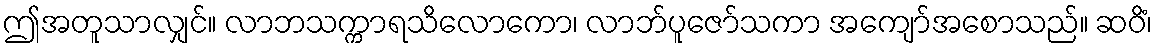
ဤအတူသာလျှင်။ လာဘသက္ကာရသိလောကော၊ လာဘ်ပူဇော်သကာ အကျော်အစောသည်။ ဆဝိံ၊